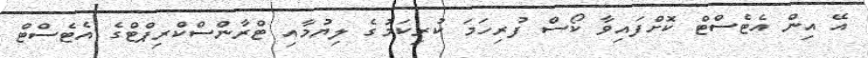
އޭ އިން އެޓެސްޓް ކޮށްފައިވާ ކޯސް ފުރިހަމަ ކުރިކަމުގެ ލިޔުމާއި ޓްރާންސްކްރިޕްޓްގެ އެޓެސްޓް